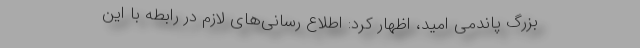
بزرگ پاندمی امید، اظهار کرد: اطلاع رسانی‌های لازم در رابطه با این